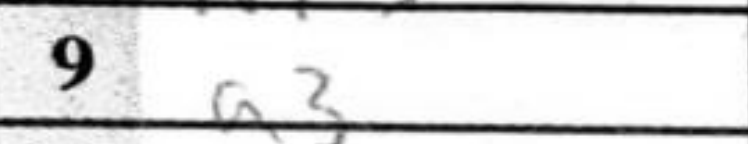
Transcription: a3